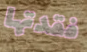
فقدتها